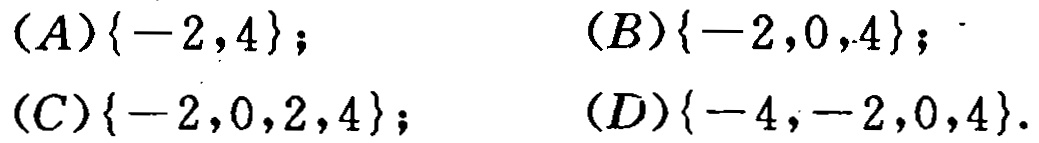
$(A)\{-2,4\};$
$(B)\{-2,0,4\};$
$(C)\{-2,0,2,4\};$
$(D)\{-4,-2,0,4\}.$